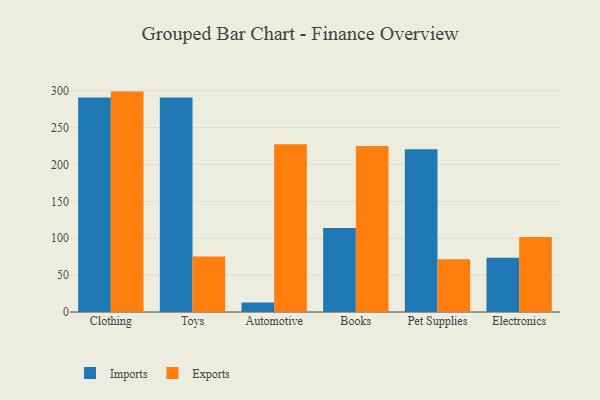
{"axis": {"x": "Category", "y": "Waste Production (Tons)"}, "legend": ["Exports", "Imports"], "data": [{"x": "Clothing", "y": 290.7, "type": "Imports"}, {"x": "Clothing", "y": 298.8, "type": "Exports"}, {"x": "Toys", "y": 290.8, "type": "Imports"}, {"x": "Toys", "y": 75.4, "type": "Exports"}, {"x": "Automotive", "y": 12.9, "type": "Imports"}, {"x": "Automotive", "y": 227.4, "type": "Exports"}, {"x": "Books", "y": 114.0, "type": "Imports"}, {"x": "Books", "y": 225.0, "type": "Exports"}, {"x": "Pet Supplies", "y": 220.7, "type": "Imports"}, {"x": "Pet Supplies", "y": 71.5, "type": "Exports"}, {"x": "Electronics", "y": 73.6, "type": "Imports"}, {"x": "Electronics", "y": 101.8, "type": "Exports"}]}